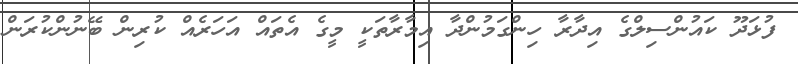
ފުޅަދޫ ކައުންސިލްގެ އިދާރާ ހިންގަމުންދާ އިމާރާތަކީ މީގެ އެތައް އަހަރެއް ކުރިން ބޭނުންކުރަން